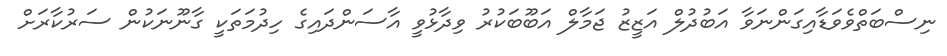
ނިސްބަތްވެވަޑާއިގަންނަވާ އަބުދުލް އަޒީޒު ޖަމާލް އަބޫބަކުރު ވިދާޅުވީ އާސަންދައިގެ ހިދުމަތަކީ ގާނޫނަކުން ސަރުކާރަށް